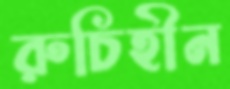
রুচিহীন